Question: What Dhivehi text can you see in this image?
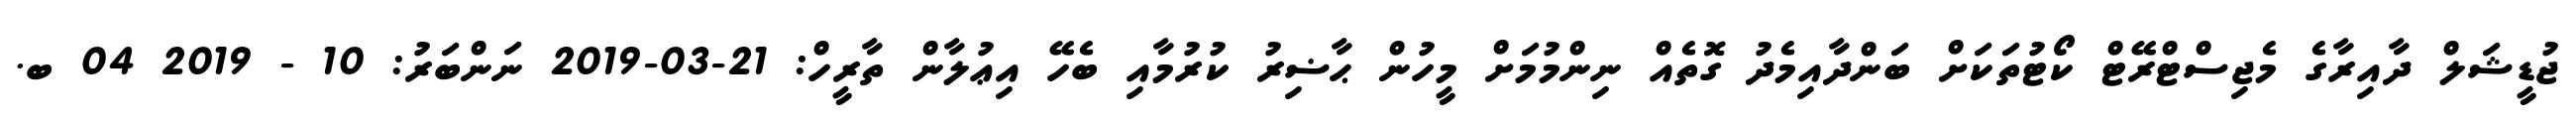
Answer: ޖުޑީޝަލް ދާއިރާގެ މެޖިސްޓްރޭޓް ކޯޓުތަކަށް ބަންދާއިމެދު ގޮތެއް ނިންމުމަށް މީހުން ޙާޟިރު ކުރުމާއި ބެހޭ އިޢުލާން ތާރީހް: 21-03-2019 ނަންބަރު: 10 - 2019 04 ބ.